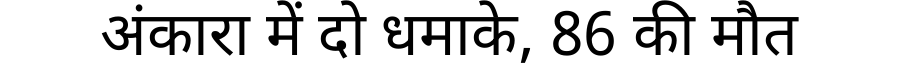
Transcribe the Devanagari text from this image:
अंकारा में दो धमाके, 86 की मौत